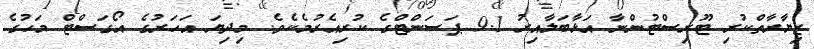
ޒިޔާރާތްކުރި ޓޫރިސްޓުންނާ އަޅާބަލާއިރު 9.1 ޕަސަންޓްގެ ކުރިއެރުމެކެވެ. މިދިޔަ އަހަރުގެ އޯގަސްޓް މަހުގެ